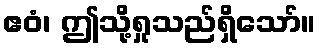
ဧဝံ၊ ဤသို့ရှုသည်ရှိသော်။